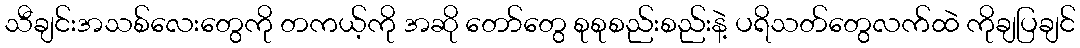
သီချင်းအသစ်လေးတွေကို တကယ့်ကို အဆို တော်တွေ စုစုစည်းစည်းနဲ့ ပရိသတ်တွေလက်ထဲ ကိုချပြချင်